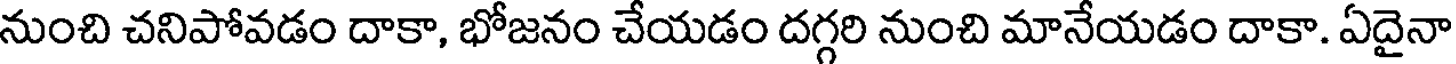
నుంచి చనిపోవడం దాకా, భోజనం చేయడం దగ్గరి నుంచి మానేయడం దాకా. ఏదైనా